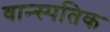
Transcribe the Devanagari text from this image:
वान्स्पतिक